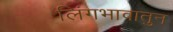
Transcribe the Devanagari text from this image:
लिंगभावातुन